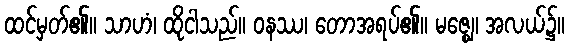
ထင်မှတ်၏။ သာဟံ၊ ထိုငါသည်။ ဝနဿ၊ တောအရပ်၏။ မဇ္ဈေ၊ အလယ်၌။